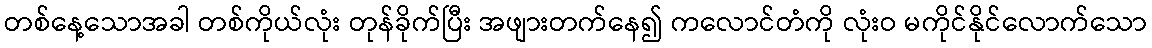
တစ်နေ့သောအခါ တစ်ကိုယ်လုံး တုန်ခိုက်ပြီး အဖျားတက်နေ၍ ကလောင်တံကို လုံးဝ မကိုင်နိုင်လောက်သော